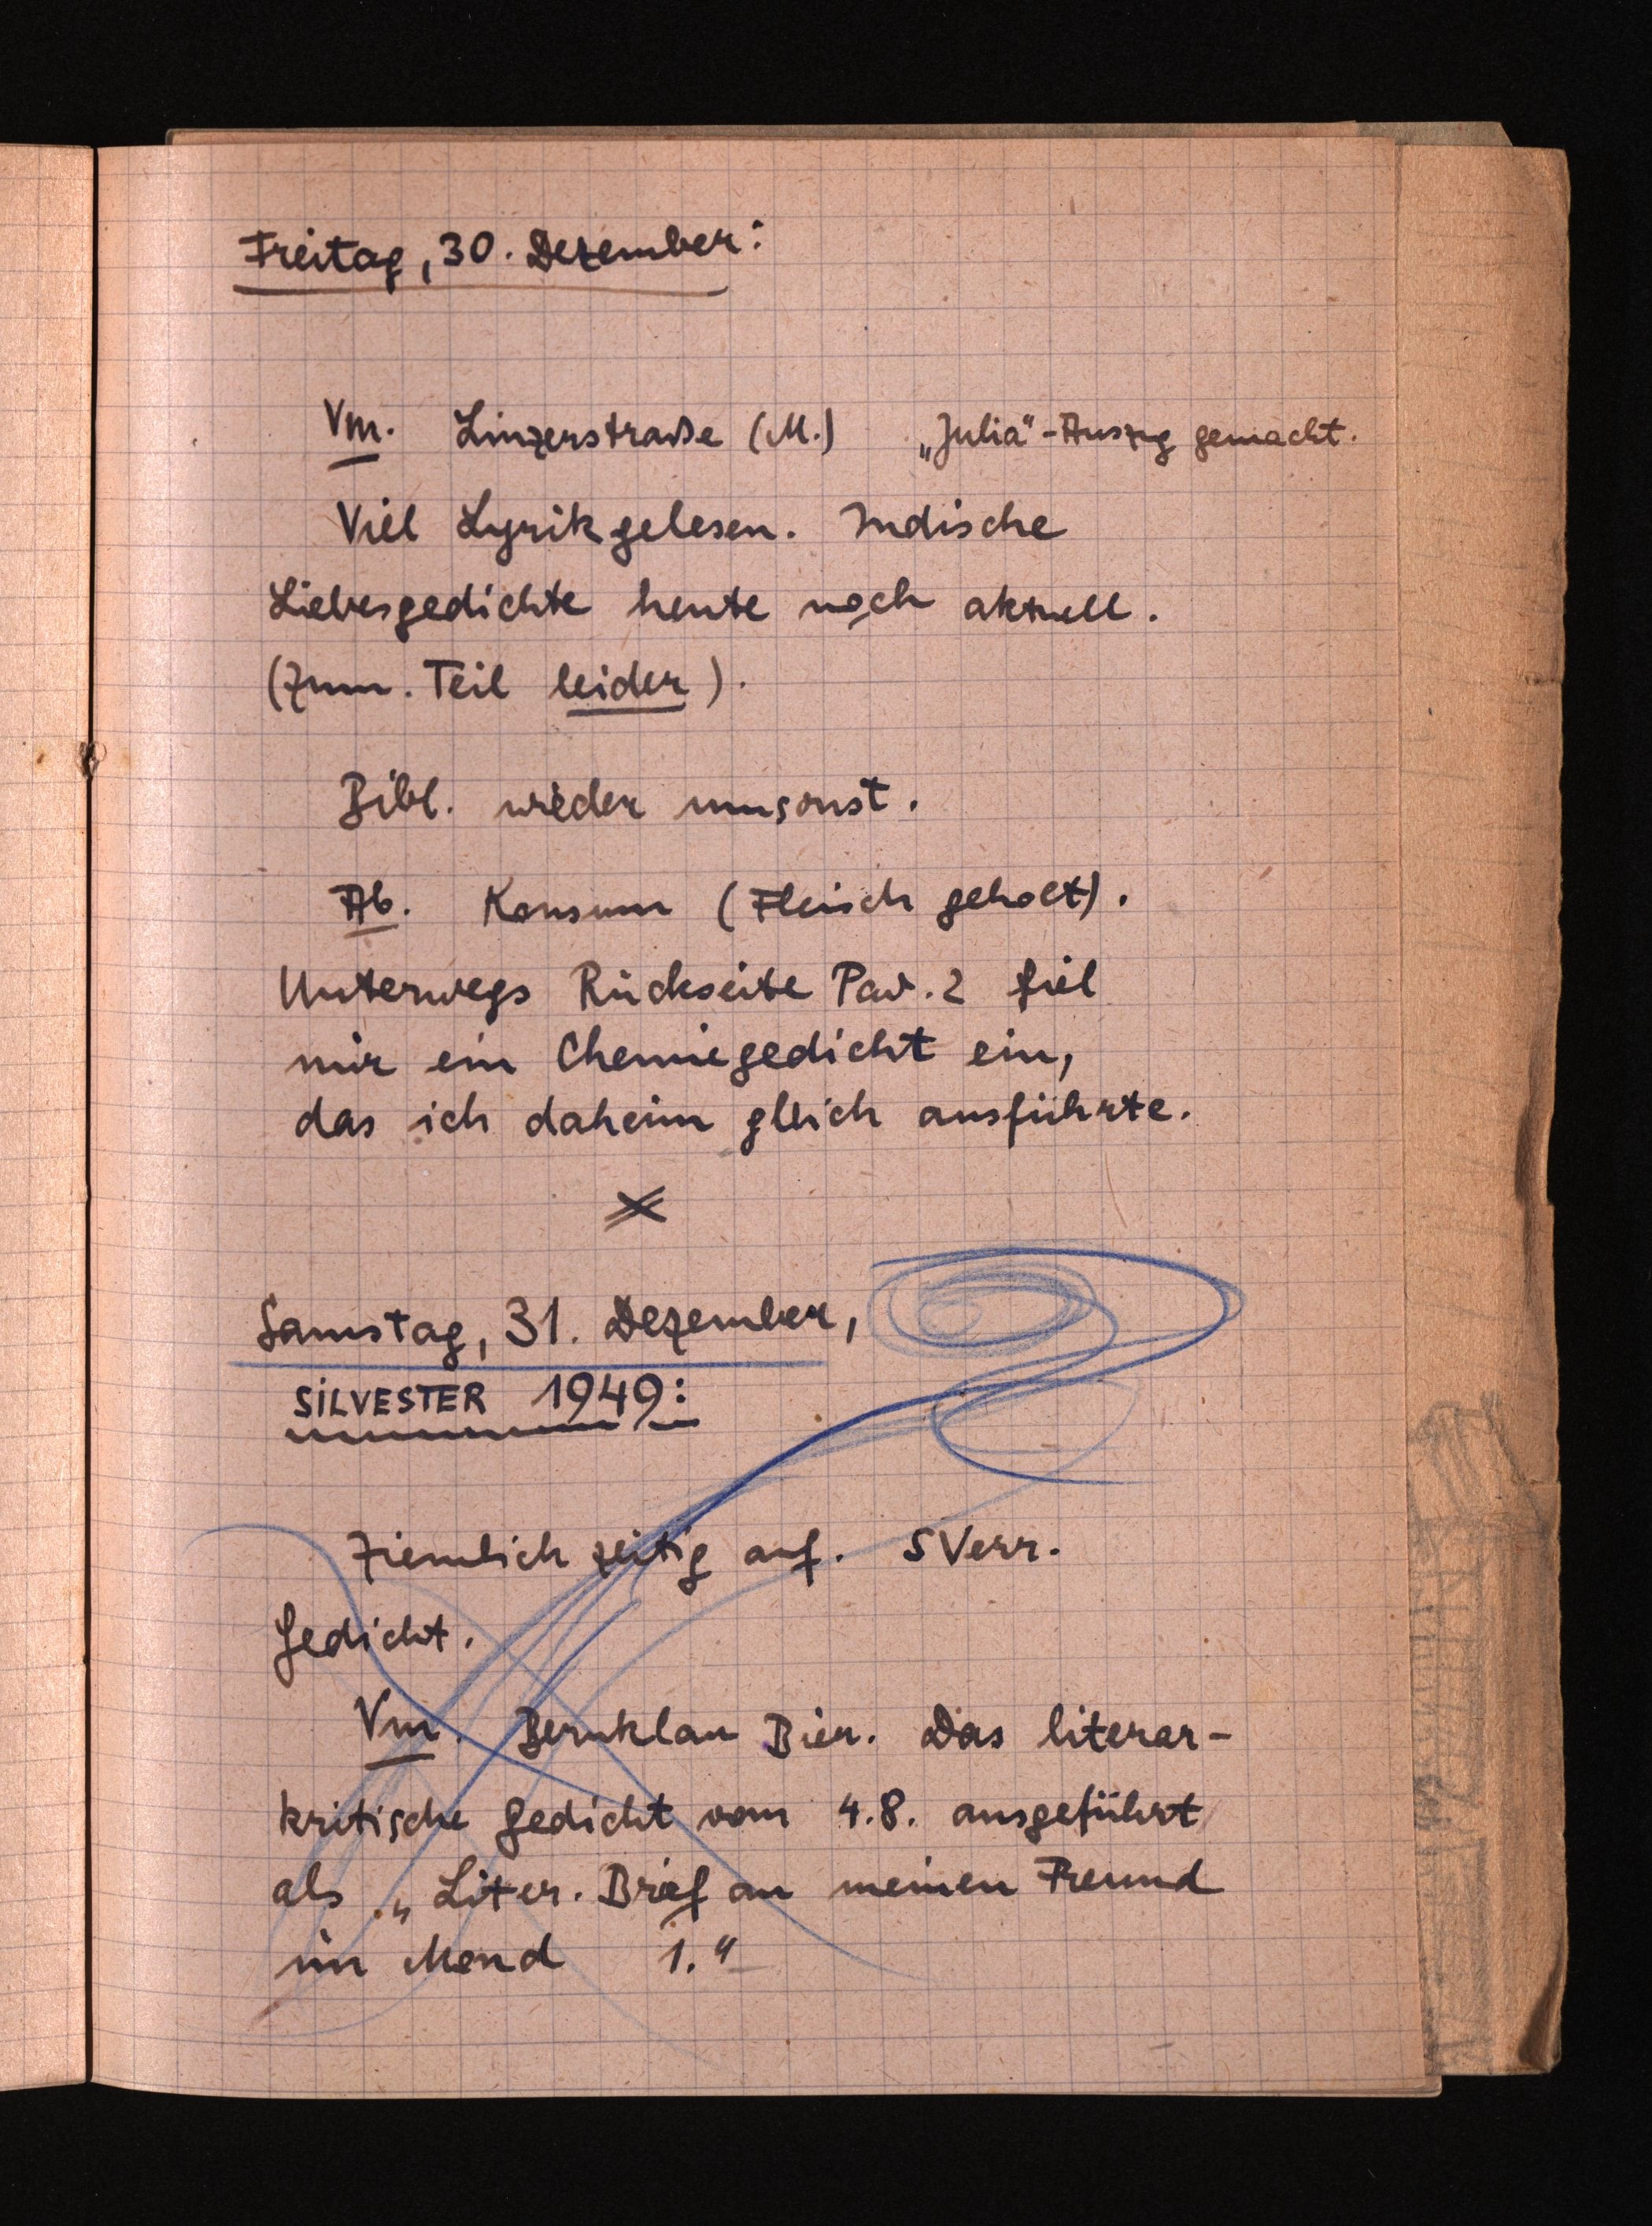
Freitag, 30.Dezember:
Vm. Linzerstraße (M.)"Julia"-Auszug gemacht.
Viel Lyrik gelesen. Indische
Liebesgedichte heute noch aktuell.
(zumTeil leider)
Bibl. wieder umsonst.
Ab. Konsum (Fleisch geholt).
Unterwegs RückseitePav. 2 fiel
mir ein Chemiegedicht ein,
das ich daheim gleichausführte.
Samstag, 31.Dezember,
SILVESTER 1949:
Ziemlich zeitig auf. SVerr.
Gedicht.
Vm. Bernklau Bier. Das literar¬
kritische Gedicht vom 4.8. ausgeführt
als "Liter. Brief an meinen Freund
im Mond 1."